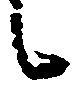
候